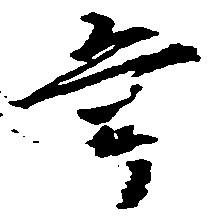
年